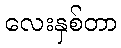
လေးနှစ်တာ